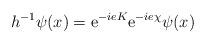
LaTeX: \begin{align*}{ h^{-1}\psi(x)=\mathrm{e}^{-ieK}\mathrm{e}^{-ie\chi}\psi(x)}\end{align*}